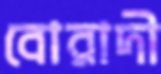
বোরাদী